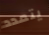
يتمدد